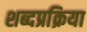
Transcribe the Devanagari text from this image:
शब्दप्रक्रिया